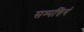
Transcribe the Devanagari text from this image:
सम्पत्तियं